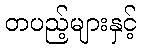
တပည့်များနှင့်